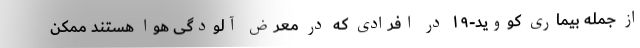
از جمله بیماری کووید-۱۹ در افرادی که در معرض آلودگی هوا هستند ممکن